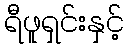
ရီဖူရှင်းနှင့်